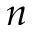
n